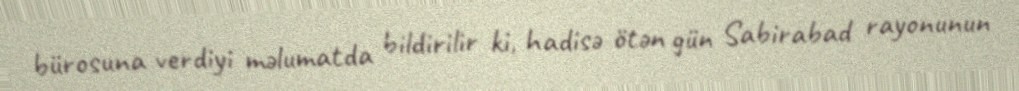
bürosuna verdiyi məlumatda bildirilir ki, hadisə ötən gün Sabirabad rayonunun